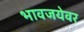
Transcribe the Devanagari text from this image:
भावजयेवर